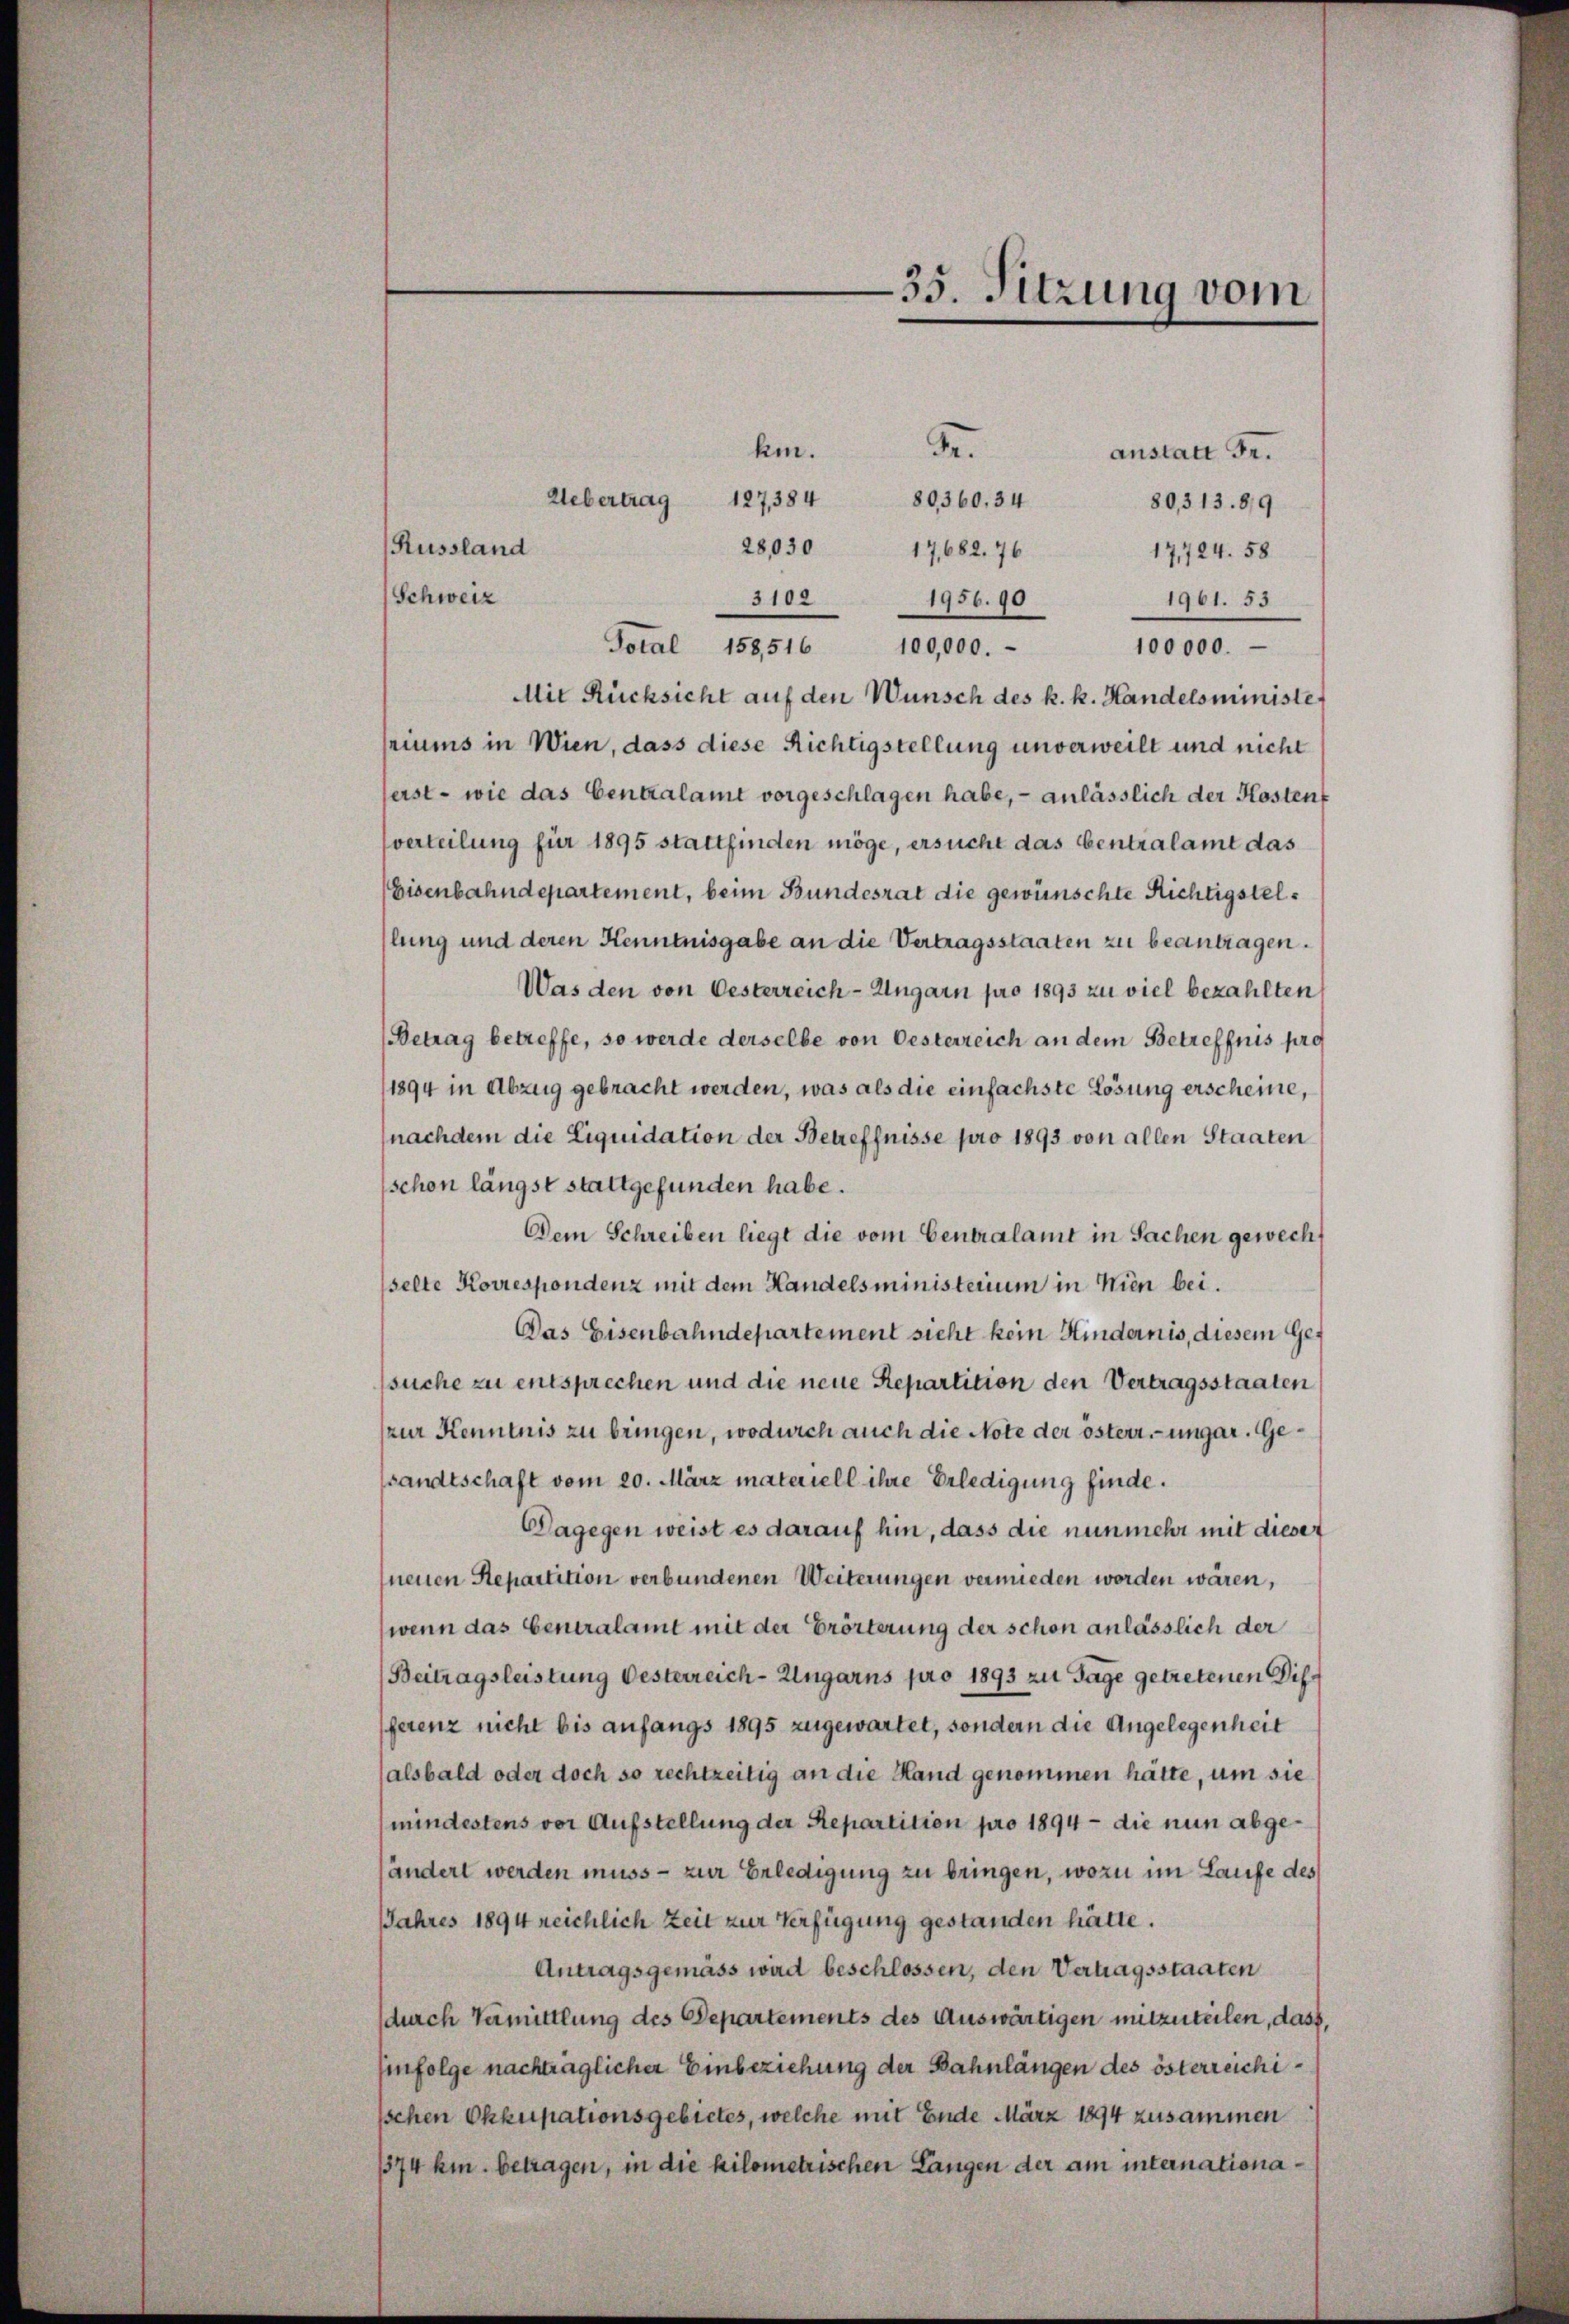
S.
kin.
anstatt Fr.
80360, 34
Uebertrag 127, 384
80,313. 819
17724. 58
1961. 53
Mit Rücksicht auf den Wunsch des k. k. Handelsministe
riums in Wien, dass diese Richtigstellung unverweilt und nicht
ferst - wie das Centralamt vorgeschlagen habe, – anlässlich der Kostens
verteilung für 1895 stattfinden möge, ersucht das Centralamt das
Eisenbahndepartement, beim Bundesrat die gewünschte Richtigstelllung und deren Kenntnisgabe an die Vertragsstaaten zu beantragen.
Was den von Oesterreich-Ungarn pro 1893 zu viel bezahlten,
(Betrag betreffe, so werde derselbe von Oesterreich an dem Betreffnis pro
(1894 in Abzug gebracht werden, was als die einfachste Lösung erscheine,
nachdem die Liquidation der Betreffnisse pro 1893 von allen Staaten
schon längst stattgefunden habe.
Dem Schreiben liegt die vom Centralamt in Sachen gewech
selte Korrespondenz mit dem Handelsministerium in Wien bei.
Das Eisenbahndepartement sicht kein Hindernis, diesem Gesuche zu entsprechen und die neue Repartition den Vertragsstaaten
(zur Kenntnis zu bringen, wodurch auch die Note der österr.-ungar. Gesandtschaft vom 20. März materiell ihre Erledigung finde.
Dagegen weist es darauf hin, dass die nunmehr mit dieser
neuen Repartition verbundenen Weiterungen vermieden worden wären,
wenn das Centralamt mit der Erörterung der schon anlässlich der
Beitragsleistung Oesterreich-Ungarns pro 1893 zu Tage getretenen Diff
ferenz nicht bis anfangs 1895 zugewartet, sondern die Angelegenheit
(alsbald oder doch so rechtzeitig an die Hand genommen hätte, um sie
mindestens vor Aufstellung der Repartition pro 1894 – die nun abgehändert werden muss - zur Erledigung zu bringen, wozu im Laufe des
JJahres 1894 reichlich Zeit zur Verfügung gestanden hätte.
Antragsgemäss wird beschlossen, den Vertragsstaaten
durch Vermittlung des Departements des Auswärtigen mitzuteilen, dass,
enfolge nachträglicher Einbeziehung der Bahnlängen des österreichi¬
Ischen Okkupationsgebietes, welche mit Ende März 1894 zusammen
1374 km. betragen, in die kilometrischen Langen der am internationa¬

Russland

28,030 17682. 76
(Schweiz
3102 1956.90
Total 158516 100,000.-

35. Sitzung vom

100000.